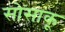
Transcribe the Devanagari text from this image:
सोसाकू